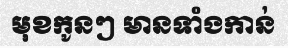
មុខកូនៗ មានទាំងកាន់